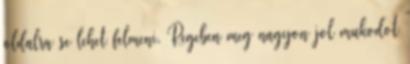
oldalra se lehet felmeni. Regeben meg nagyon jol mukodot